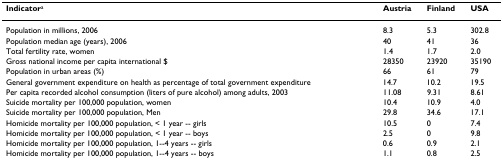
| Indicatora | Austria | Finland | USA |
 | --- | --- | --- | --- |
 | Population in millions, 2006 | 8.3 | 5.3 | 302.8 |
 | Population median age (years), 2006 | 40 | 41 | 36 |
 | Total fertility rate, women | 1.4 | 1.7 | 2.0 |
 | Gross national income per capita international $ | 28350 | 23920 | 35190 |
 | Population in urban areas (%) | 66 | 61 | 79 |
 | General government expenditure on health as percentage of total government expenditure | 14.7 | 10.2 | 19.5 |
 | Per capita recorded alcohol consumption (liters of pure alcohol) among adults, 2003 | 11.08 | 9.31 | 8.61 |
 | Suicide mortality per 100,000 population, women | 10.4 | 10.9 | 4.0 |
 | Suicide mortality per 100,000 population, Men | 29.8 | 34.6 | 17.1 |
 | Homicide mortality per 100,000 population, < 1 year -- girls | 10.5 | 0 | 7.4 |
 | Homicide mortality per 100,000 population, < 1 year -- boys | 2.5 | 0 | 9.8 |
 | Homicide mortality per 100,000 population, 1--4 years -- girls | 0.6 | 0.9 | 2.1 |
 | Homicide mortality per 100,000 population, 1--4 years -- boys | 1.1 | 0.8 | 2.5 |